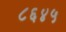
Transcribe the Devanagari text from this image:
८६४५